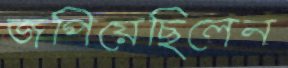
জপিয়েছিলেন